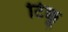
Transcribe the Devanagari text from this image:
टिक्कू